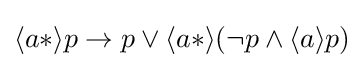
\langle a*\rangle p\to p\lor \langle a*\rangle (\neg p\land \langle a\rangle p)\,\!